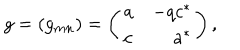
LaTeX: g = ( g _ { m n } ) = \left( \begin{array} { l r } { { a } } & { { - q c ^ { * } } } \\ { { c } } & { { a ^ { * } } } \\ \end{array} \right) ,